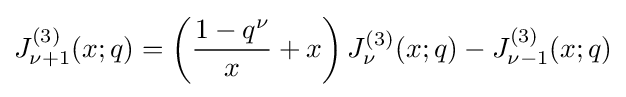
J_{\nu +1}^{(3)}(x;q)=\left({\frac {1-q^{\nu }}{x}}+x\right)J_{\nu }^{(3)}(x;q)-J_{\nu -1}^{(3)}(x;q)